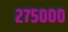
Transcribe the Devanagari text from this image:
२७५०००